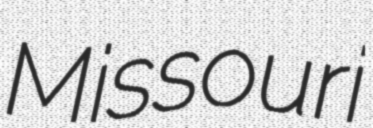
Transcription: Missouri